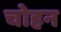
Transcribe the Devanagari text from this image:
चोहन